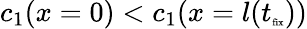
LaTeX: c_{1}(x=0)<c_{1}(x=l(t_{\tiny{\textrm{fix}}}))